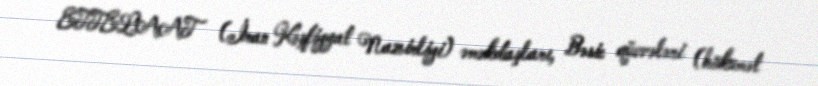
ETTELAAT (İran Kəşfiyyat Nazirliyi) əməkdaşları, Bəsic qüvvələri (hökumət